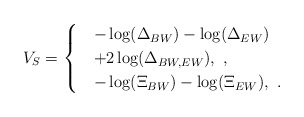
\begin{align*}V_{S}=\begin{cases}&-\log(\Delta_{BW})-\log(\Delta_{EW})\\&+2\log(\Delta_{BW,EW}),~,\\&-\log(\Xi_{BW})-\log(\Xi_{EW}),~.\end{cases}\end{align*}